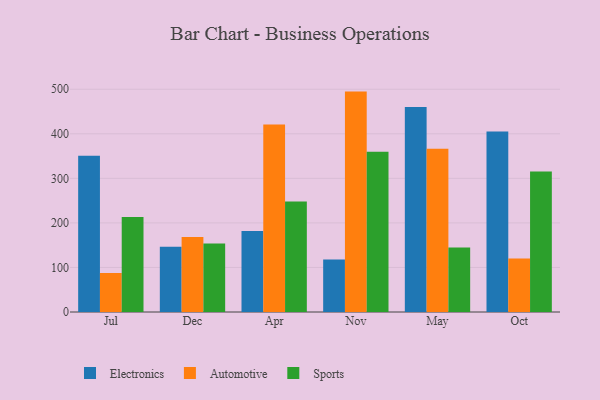
{"axis": {"x": "Month", "y": "Humidity (%)"}, "legend": ["Automotive", "Electronics", "Sports"], "data": [{"x": "Jul", "y": 350.6, "type": "Electronics"}, {"x": "Jul", "y": 87.6, "type": "Automotive"}, {"x": "Jul", "y": 213.1, "type": "Sports"}, {"x": "Dec", "y": 146.5, "type": "Electronics"}, {"x": "Dec", "y": 168.5, "type": "Automotive"}, {"x": "Dec", "y": 153.7, "type": "Sports"}, {"x": "Apr", "y": 181.9, "type": "Electronics"}, {"x": "Apr", "y": 421.0, "type": "Automotive"}, {"x": "Apr", "y": 247.8, "type": "Sports"}, {"x": "Nov", "y": 117.8, "type": "Electronics"}, {"x": "Nov", "y": 494.7, "type": "Automotive"}, {"x": "Nov", "y": 359.5, "type": "Sports"}, {"x": "May", "y": 460.0, "type": "Electronics"}, {"x": "May", "y": 366.4, "type": "Automotive"}, {"x": "May", "y": 144.6, "type": "Sports"}, {"x": "Oct", "y": 405.3, "type": "Electronics"}, {"x": "Oct", "y": 120.0, "type": "Automotive"}, {"x": "Oct", "y": 315.4, "type": "Sports"}]}